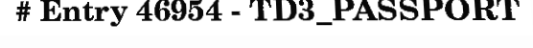
# Entry 46954 - TD3_PASSPORT